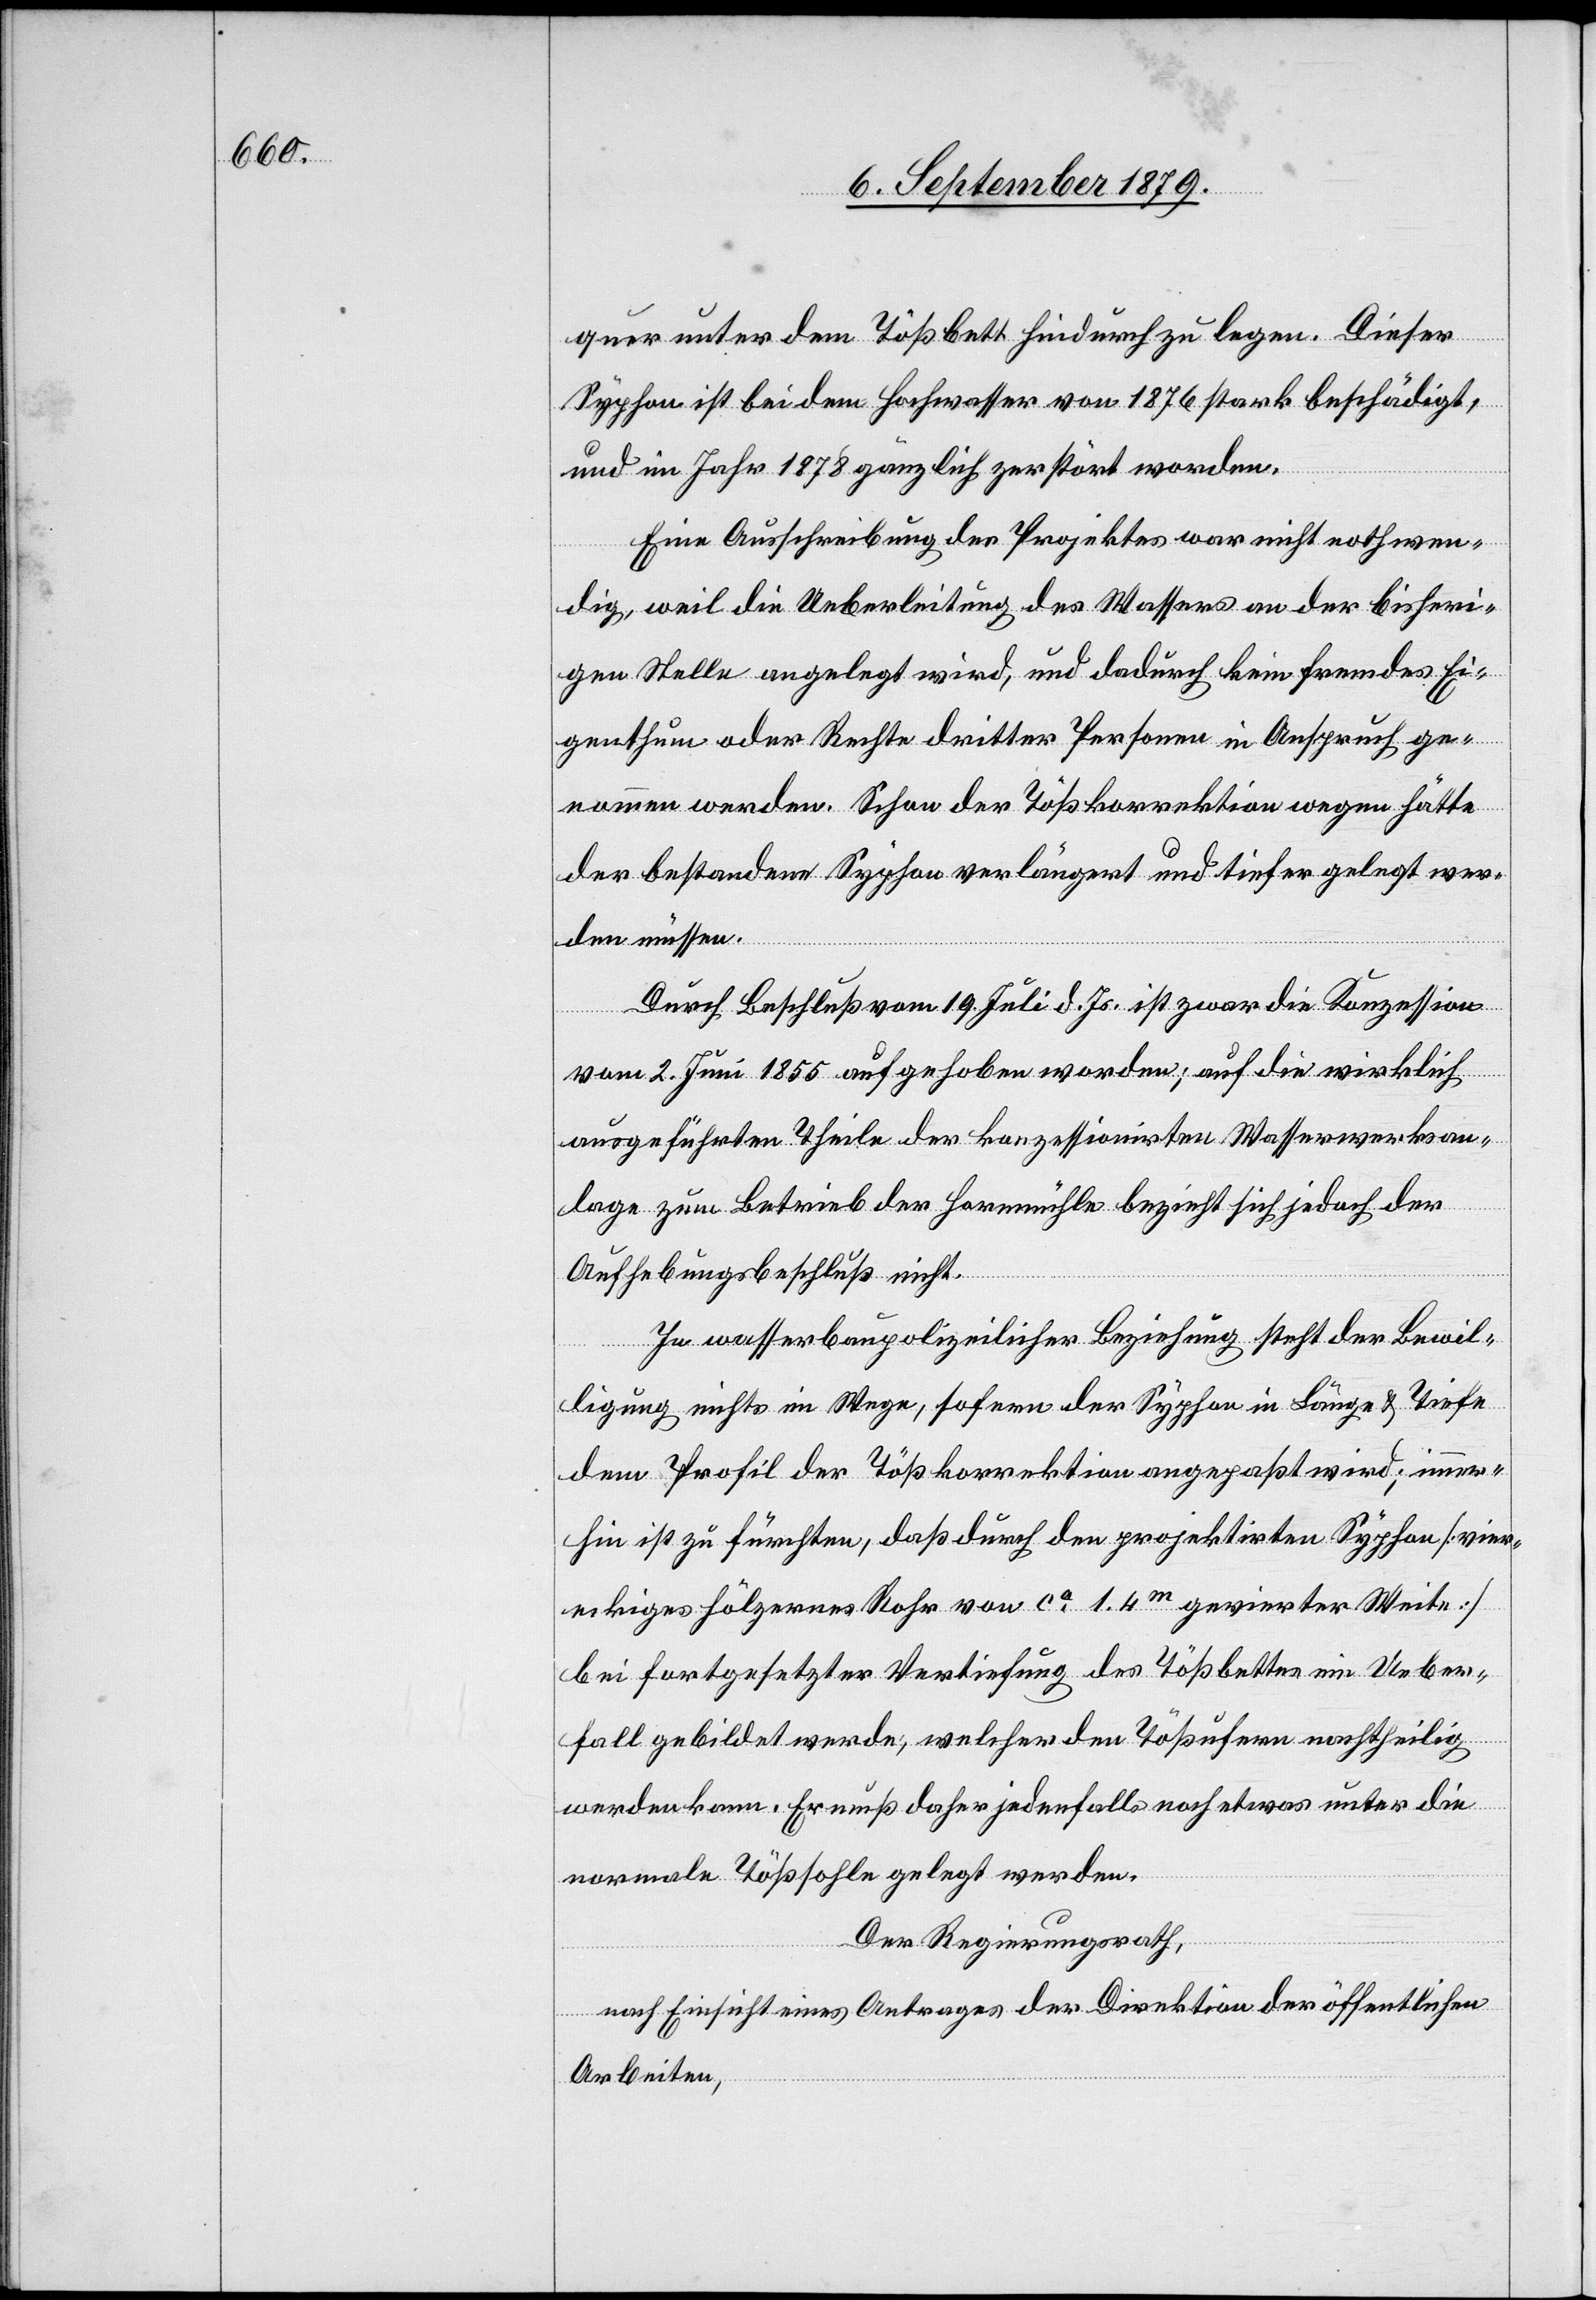
quer unter dem Tößbett hindurch legen. Dieser
Syphon ist bei dem Hochwasser von 1876 stark beschädigt,
und im Jahr 1878 gänzlich zerstört worden.
Eine Ausschreibung des Projektes war nicht nothwen¬
dig, weil die Ueberleitung des Wassers an der bisheri¬
gen Stelle angelegt wird, und dadurch kein fremdes Ei¬
genthum oder Rechte dritter Personen in Anspruch ge¬
nommen werden. Schon der Tößkorrektion wegen hätte
der bestandene Syphon verlängert und tiefer gelegt wer¬
den müssen.
Durch Beschluß vom 19. Juli d. Js. ist zwar die Konzession
vom 2. Juni 1855 aufgehoben worden; auf die wirklich
ausgeführten Theile der konzessionirten Wasserwerksan¬
lage zum Betrieb der Hornmühle bezieht sich jedoch der
Aufhebungsbeschluß nicht.
In wasserbaupolizeilicher Beziehung steht der Bewil¬
ligung nichts im Wege, sofern der Syphon in Länge & Tiefe
dem Profil der Tößkorrektion angepaßt wird; immer¬
hin ist zu fürchten, daß durch den projektirten Syphon [vier¬
eckiges hölzernes Rohr von ca 1.4m gevierter Weite]
bei fortgesetzter Vertiefung des Tößbettes ein Ueber¬
fall gebildet werde; welcher den Tößufern nachtheilig
werden kann. Er muß daher jedenfalls noch etwas unter die
normale Tößsohle gelegt werden.
Der Regierungsrath,
nach Einsicht eines Antrages der Direktion der öffentlichen
Arbeiten,